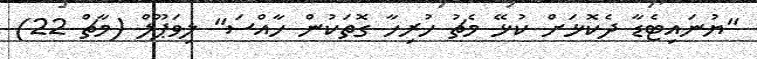
"ޔުނައިޓެޑާ ދެކޮޅަށް ކުޅޭ މެޗު ހުރިހާ ގޮތަކުން ހާއްސަ" ލިވަޕޫލް (މާޗް 22)